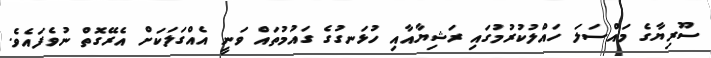
ސޫރިޔާގެ މައްސަލަ ހައްލުކުރުމުގައި ރަޝިޔާއާއި ހުޅަނގުގެ ގައުމުތައް ވަނީ އެއްގަލަކަށް އެރޭގޮތް ނުވެފައެވެ.